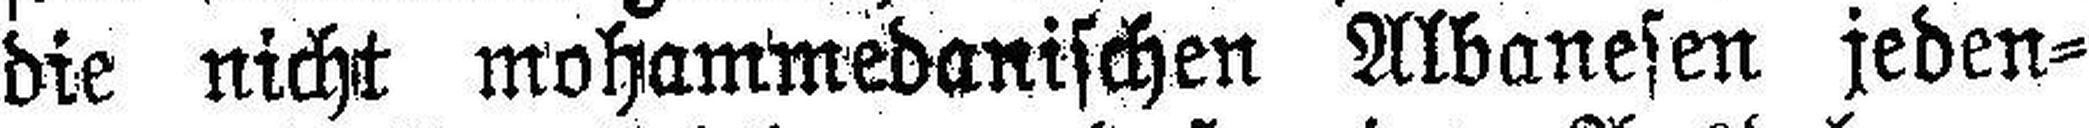
die nicht mohammedanischen Albanesen jeden¬